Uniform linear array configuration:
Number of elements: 64
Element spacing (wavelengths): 0.75
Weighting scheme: blackman
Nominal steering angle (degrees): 30
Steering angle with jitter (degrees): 30.699
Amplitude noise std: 0.05
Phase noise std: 0.05

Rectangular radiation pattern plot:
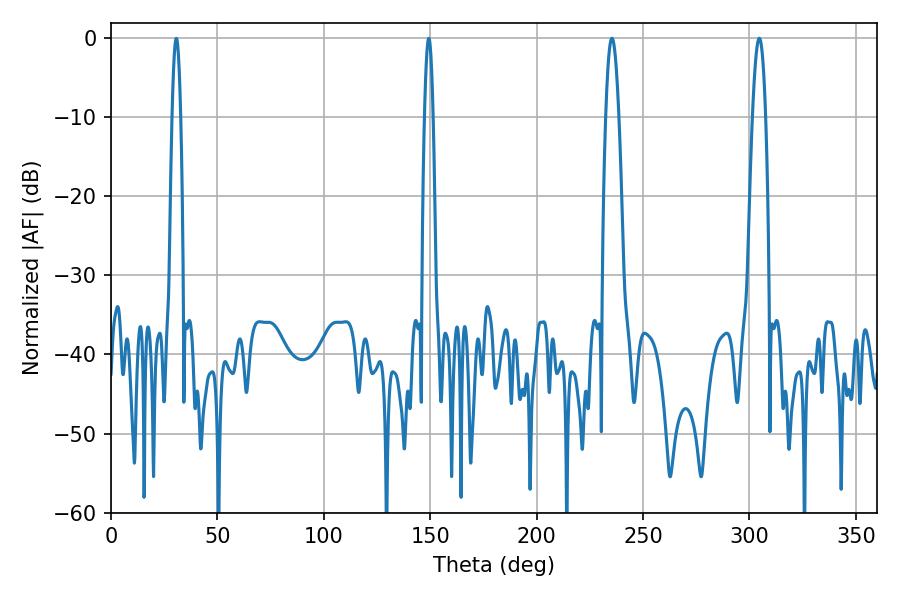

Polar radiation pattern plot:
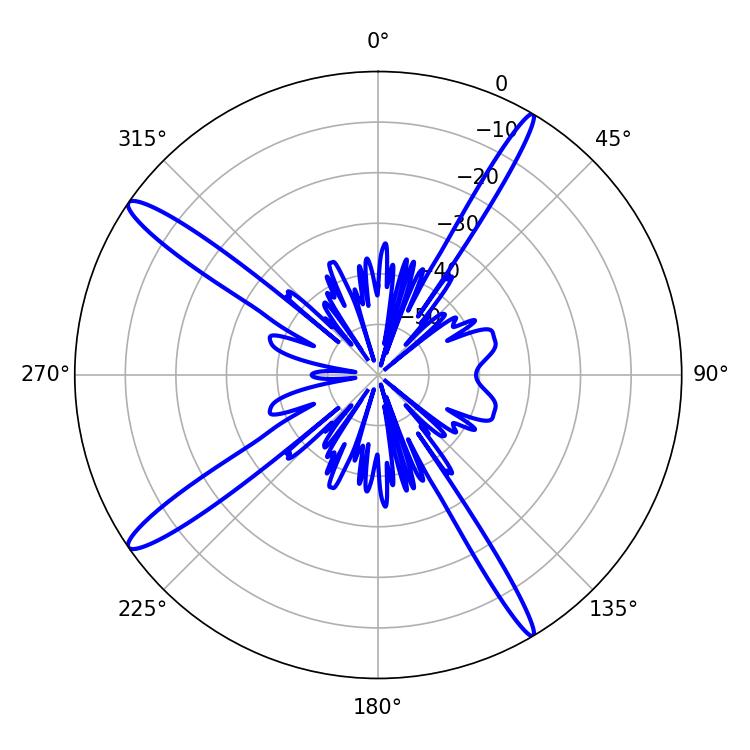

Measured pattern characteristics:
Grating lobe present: TRUE
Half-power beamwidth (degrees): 3.24
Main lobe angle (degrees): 304.56